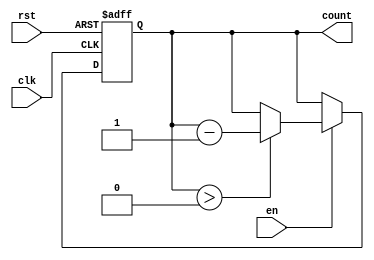
module decremental_counter #(
    parameter MAX_VAL = 15 // Define the maximum value (15 for a 4-bit counter)
) (
    input wire clk,         // Clock signal
    input wire rst,         // Asynchronous reset signal
    input wire en,          // Enable signal for decrementing
    output reg [3:0] count  // Current value of the counter (4-bit)
);

    // Asynchronous reset and counter logic
    always @(posedge clk or posedge rst) begin
        if (rst) begin
            count <= MAX_VAL; // Reset count to maximum value
        end else if (en) begin
            if (count > 0) begin
                count <= count - 1; // Decrement count if greater than zero
            end
        end
    end

endmodule